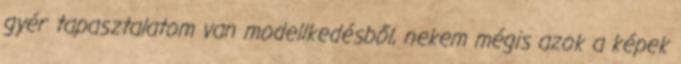
gyér tapasztalatom van modellkedésből, nekem mégis azok a képek